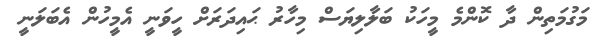
މަގުމަތިން ދާ ކޮންމެ މީހަކު ބަލާލިޔަސް މިހާރު ޙައިދަރަށް ހީވަނީ އެމީހުން އެބަލަނީ